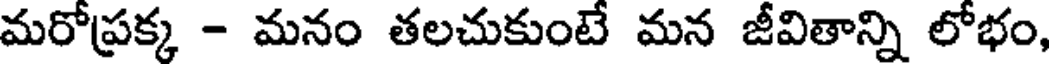
మరోప్రక్క - మనం తలచుకుంటే మన జీవితాన్ని లోభం,